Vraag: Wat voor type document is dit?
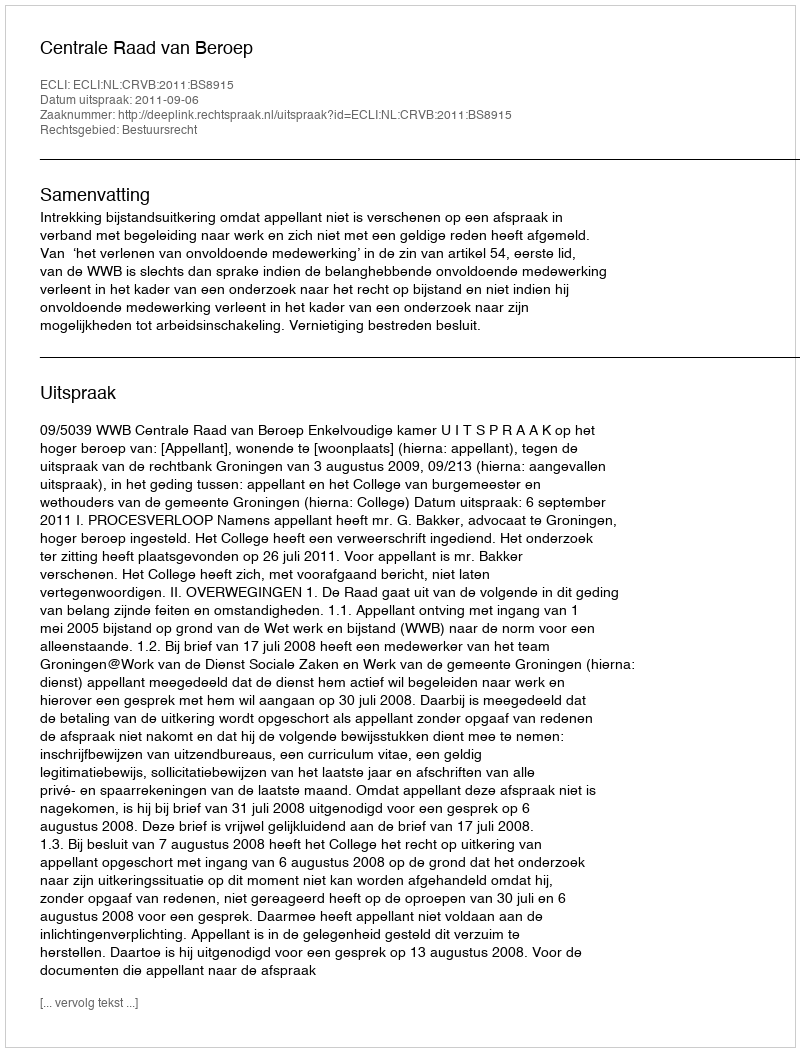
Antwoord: Uitspraak